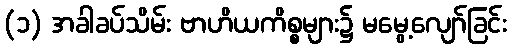
(၁) အခါခပ်သိမ်း ဗာဟိယကိစ္စများ၌ မမွေ့လျော်ခြင်း